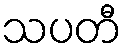
သပတီ